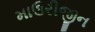
માઉરીજીન